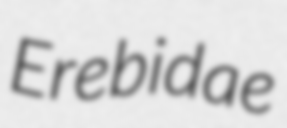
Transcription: Erebidae